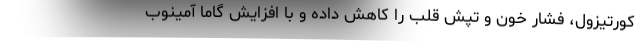
کورتیزول، فشار خون و تپش قلب را کاهش داده و با افزایش گاما آمینوب